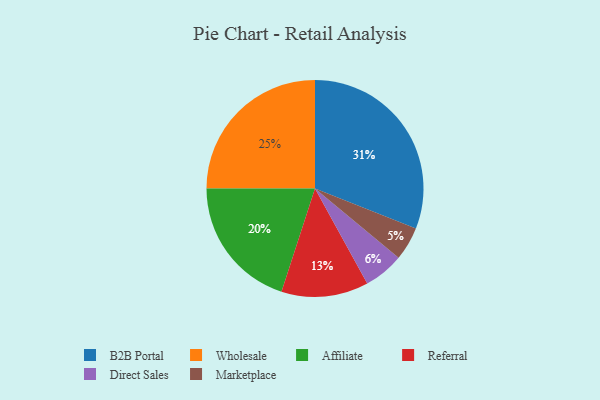
{"axis": {"x": "Category", "y": "Percentage"}, "legend": ["Affiliate", "B2B Portal", "Direct Sales", "Marketplace", "Referral", "Wholesale"], "data": [{"x": "Affiliate", "y": 20, "type": "Affiliate"}, {"x": "Direct Sales", "y": 6, "type": "Direct Sales"}, {"x": "Wholesale", "y": 25, "type": "Wholesale"}, {"x": "Referral", "y": 13, "type": "Referral"}, {"x": "Marketplace", "y": 5, "type": "Marketplace"}, {"x": "B2B Portal", "y": 31, "type": "B2B Portal"}]}